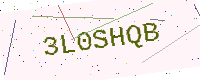
Text: 3L0SHQB